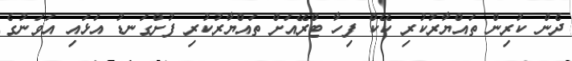
ދެން ކުރިން ތައްޔާރުކުރި ކޭކް ފިހާ ޓްރޭއަށް ތައްޔާރުކުރި ފުށްގަނޑު އަޅައި އަވަނުގެ